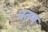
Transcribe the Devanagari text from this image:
नतम